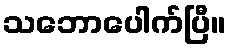
သဘောပေါက်ပြီ။